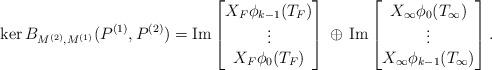
LaTeX: \begin{align*} \ker B_{M^{(2)},M^{(1)}}(P^{(1)},P^{(2)}) =\mbox{Im}\ \!\! \begin{bmatrix} X_F\phi_{k-1}(T_F)\\ \vdots\\ X_F\phi_{0}(T_F) \end{bmatrix} \,\oplus \,\mbox{Im}\ \!\! \begin{bmatrix} X_\infty \phi_{0}(T_\infty)\\ \vdots\\ X_\infty \phi_{k-1}(T_\infty) \end{bmatrix}. \end{align*}